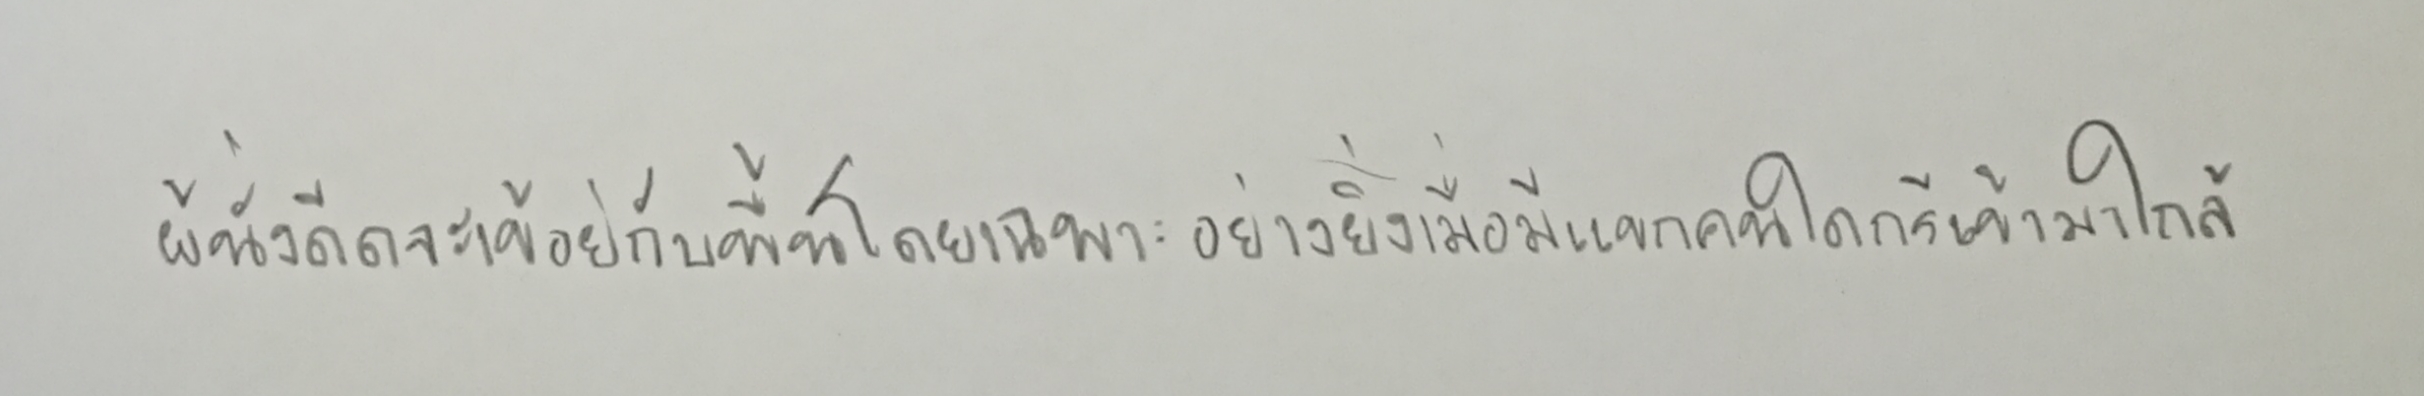
ผู้นั่งดีดจะเข้อยู่กับพื้นโดยเฉพาะอย่างยิ่งเมื่อมีแขกคนใดกรีเข้ามาใกล้